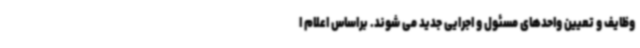
وظایف و تعیین واحدهای مسئول و اجرایی جدید می شوند. براساس اعلام ا